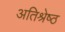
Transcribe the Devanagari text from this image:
अतिश्रेष्‍ठ